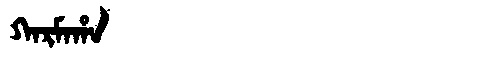
Manchu: ᡴᠠᡵᠮᠠᡥᠠ
Romanization: KARMAHA